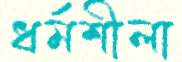
ধর্মশীলা